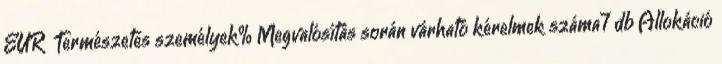
EUR ▪Természetes személyek%▪Megvalósítás során várható kérelmek száma7 db Allokáció